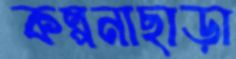
কল্পনাছাড়া